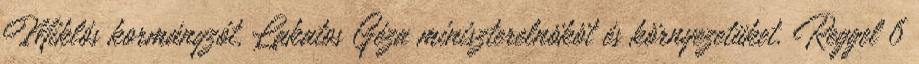
Miklós kormányzót, Lakatos Géza miniszterelnököt és környezetüket. Reggel 6